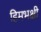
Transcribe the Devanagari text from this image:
हिमभक्षी